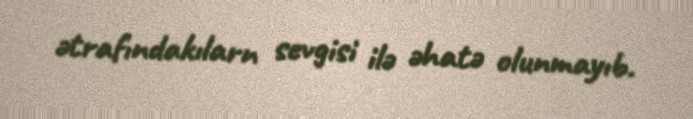
ətrafındakılarn sevgisi ilə əhatə olunmayıb.